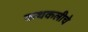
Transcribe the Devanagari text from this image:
कथकलीचे